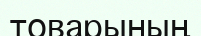
товарының